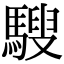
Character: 騪